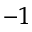
^ { - 1 }